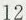
12